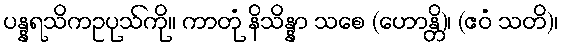
ပန္နရသိကဥပုသ်ကို။ ကာတုံ နိသိန္နာ သစေ (ဟောန္တိ)၊ (ဧဝံ သတိ)၊